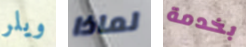
ويلر لماذا بخدمة